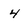
Character: 4